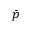
\bar { p }